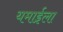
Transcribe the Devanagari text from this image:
यमाईला